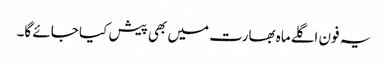
یہ فون اگلےماہ بھارت میں بھی پیش کیا جائے گا۔